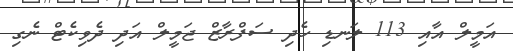
އަމީލް އާއި 113 ލަނޑި ހެދި ސަފްރާޒް ޖަމީލް އަދި ދެވިކެޓް ނެގި